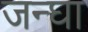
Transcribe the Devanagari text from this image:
जन्घा